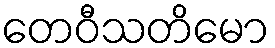
တေဝီသတိမော